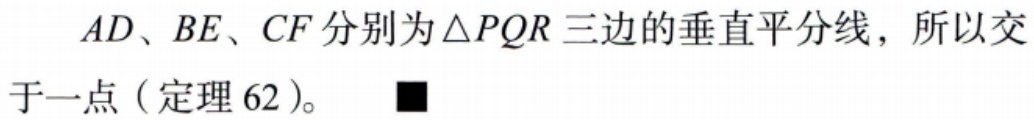
\(AD、BE、CF\)分别为\(\triangle PQR\)三边的垂直平分线，所以交于一点（定理62）。■